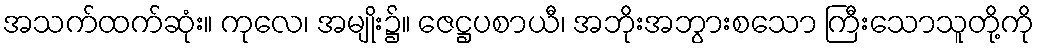
အသက်ထက်ဆုံး။ ကုလေ၊ အမျိုး၌။ ဇေဋ္ဌပစာယီ၊ အဘိုးအဘွားစသော ကြီးသောသူတို့ကို